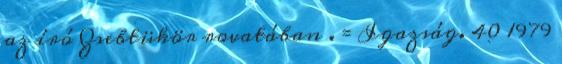
az író Zsebtükör rovatában . = Igazság. 40 1979